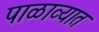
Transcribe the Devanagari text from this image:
पाळाव्यात